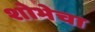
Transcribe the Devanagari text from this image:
शोभेचा